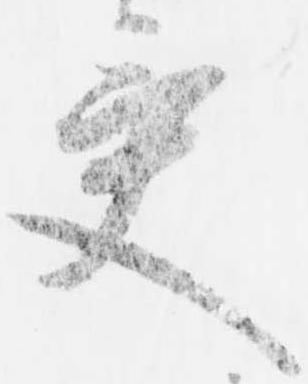
受